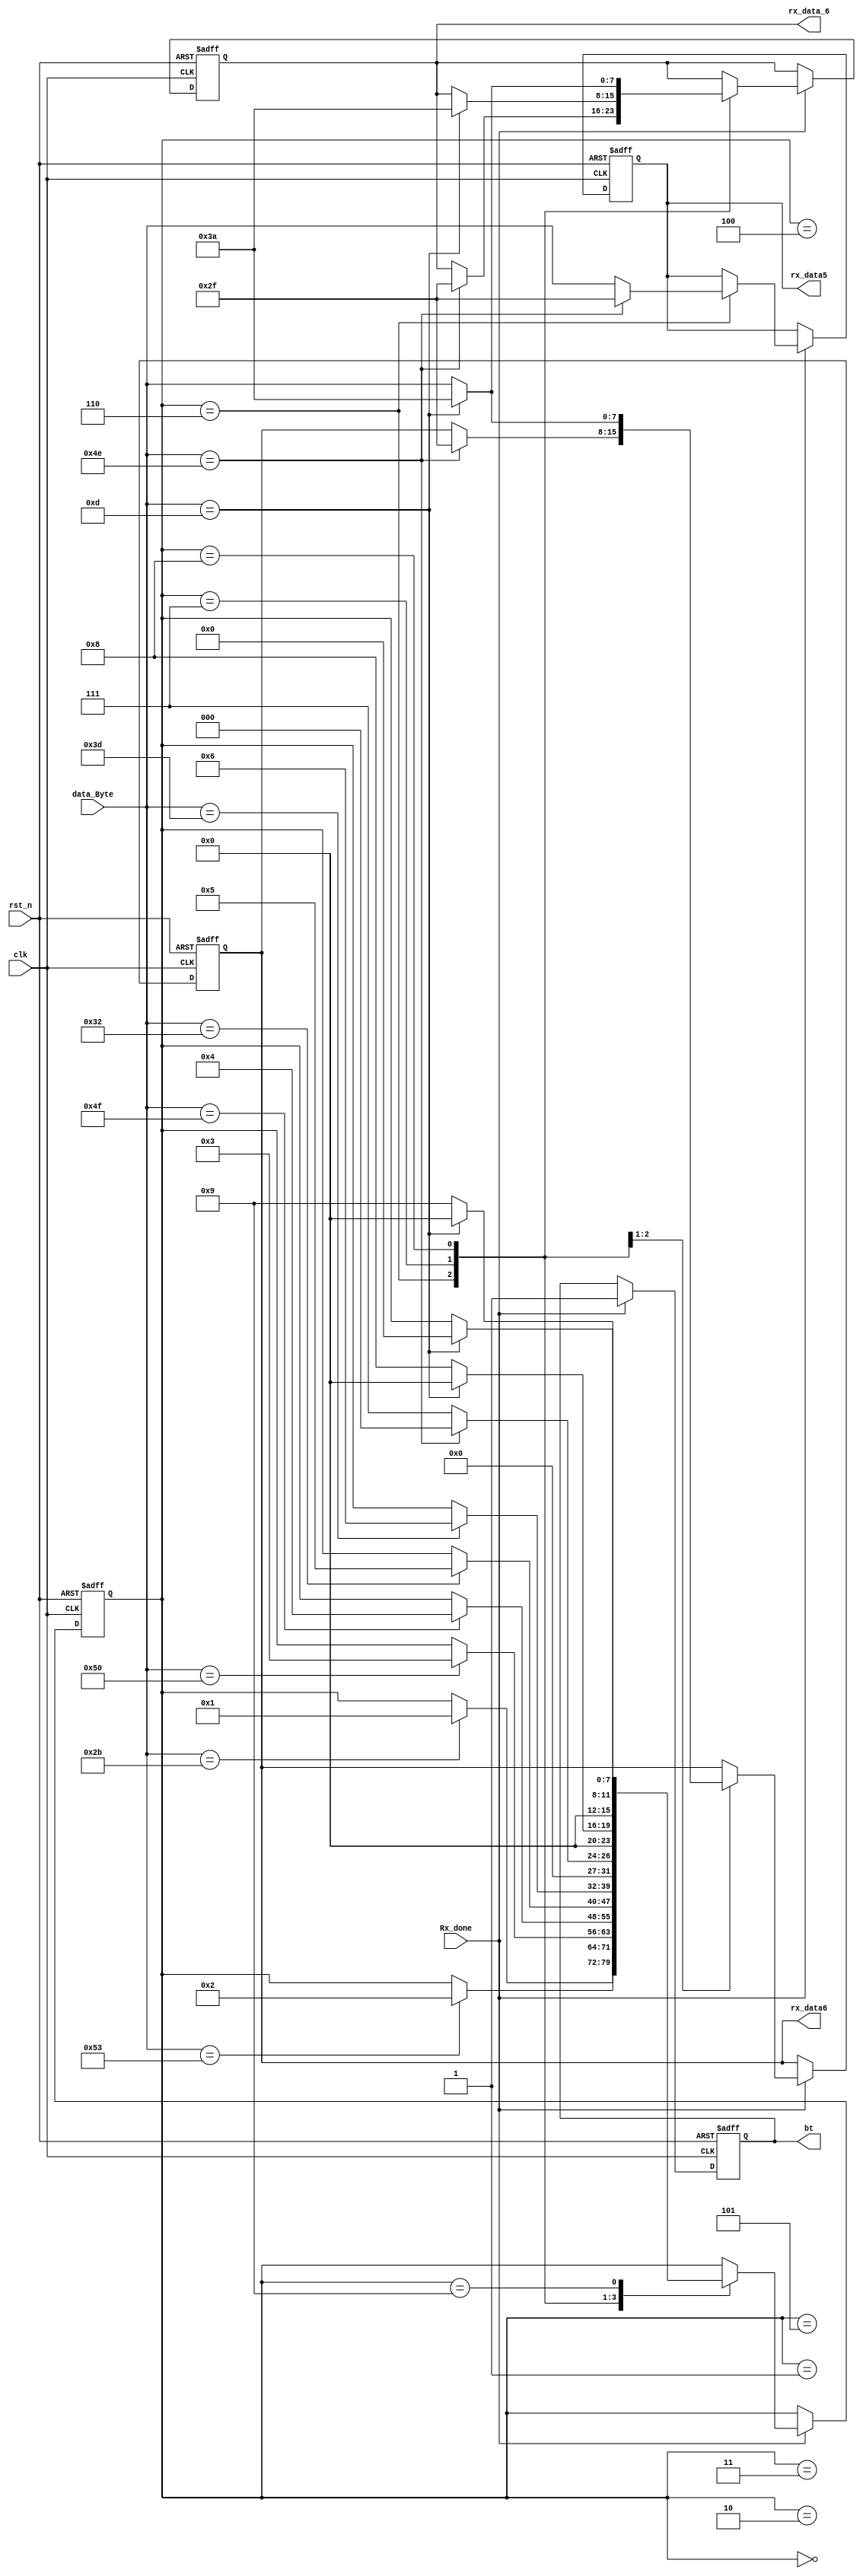
module rx_content1(
 input clk,rst_n,
 input [7:0] data_Byte,
 input Rx_done,
 output reg [7:0]rx_data5,
 output reg [7:0]rx_data6,
 output reg [7:0]rx_data_6,
 output reg bt
 
    );

 reg [7:0] cnt1;	

always@(posedge clk or negedge rst_n)
begin
      if(!rst_n)  
        begin      
           rx_data5<='d0;
           rx_data6<='d0;
           rx_data_6<='d0;
	        cnt1 <= 'd0;
           bt<=0;
	      end
     else if(Rx_done)
     begin
          case(cnt1)
           0:begin
              if(data_Byte=="+")
                cnt1<='d1;
             end
           1:begin
              if(data_Byte=="S")
                cnt1<='d2;
             end
           2:begin
             if(data_Byte=="P")
                cnt1<='d3;
             end
           3:begin
             if(data_Byte=="O")
                cnt1<='d4;
             end
           4:begin
             if(data_Byte=="2")
                cnt1<='d5;
             end
           5:begin
             if(data_Byte=="=")
                cnt1<='d6;
             end
           6:begin
             if(data_Byte=="N") begin
                cnt1<='d0;
                rx_data5<=8'd47;
                rx_data6<=8'd47;
                rx_data_6<=8'd47;
                
             end
             else begin
                rx_data5<=data_Byte; 
                 cnt1<='d7;end
             end
           7:begin
                if(data_Byte==8'b00001101) begin
                    cnt1<='d0;
                    rx_data6<=8'd58; 
                    rx_data_6<=8'd58; end
                else  begin
                  rx_data6<=data_Byte;
                    cnt1<='d8;     end
             end
           8:begin
              if(data_Byte==8'b00001101) begin
                cnt1<='d0;
                rx_data_6<=8'd58; end
               else begin
               rx_data_6<=data_Byte;
              
                 cnt1<='d9;     end
             end
           
             
           
           9:begin
              if(data_Byte==8'b00001101)
                cnt1<='d0;
             end
          
           default:     ;
         endcase
             bt<=1;
     end
    
end
endmodule